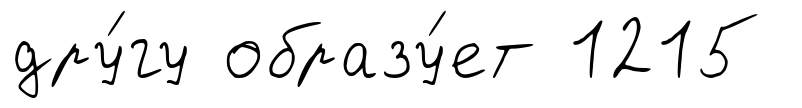
дру́гу образу́ет 1215